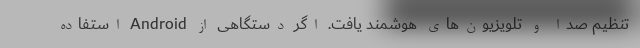
تنظیم صدا و تلویزیون‌های هوشمند یافت. اگر دستگاهی از Android استفاده